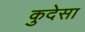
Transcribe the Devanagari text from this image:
कुदेसा